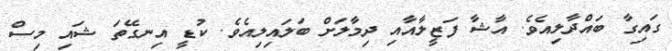
ގައިގާ ބައްދާލިއެވެ. އާޝާ ފަޒީލާއާއި ދިމާލަށް ބަލައިލިއެވެ. ކުޑީ އިނގޭތަ ޝައި މިސް